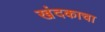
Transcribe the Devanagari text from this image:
खंदकाचा